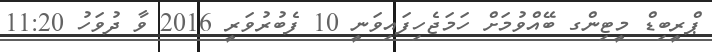
ޕްރީބިޑް މީޓިންގ ބޭއްވުމަށް ހަމަޖެހިފައިވަނީ 10 ފެބުރުވަރީ 2016 ވާ ދުވަހު 11:20